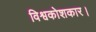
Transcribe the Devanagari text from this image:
विश्वकोशकार।